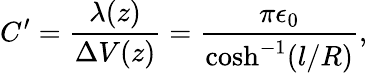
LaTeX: C^{\prime}=\frac{\lambda(z)}{\Delta V(z)}=\frac{\pi\epsilon_{0}}{\cosh^{-1}(l/R)},